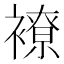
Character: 𧝜